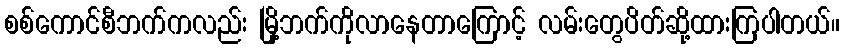
စစ်ကောင်စီဘက်ကလည်း မြို့ဘက်ကိုလာနေတာကြောင့် လမ်းတွေပိတ်ဆို့ထားကြပါတယ်။